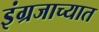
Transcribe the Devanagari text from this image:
इंग्रजाच्यात